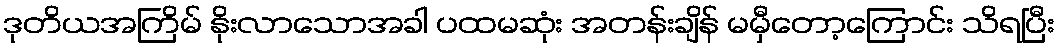
ဒုတိယအကြိမ် နိုးလာသောအခါ ပထမဆုံး အတန်းချိန် မမှီတော့ကြောင်း သိရပြီး